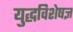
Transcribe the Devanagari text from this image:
युद्धविशेषज्ञ